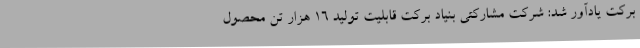
برکت یادآور شد: شرکت مشارکتی بنیاد برکت قابلیت تولید 16 هزار تن محصول